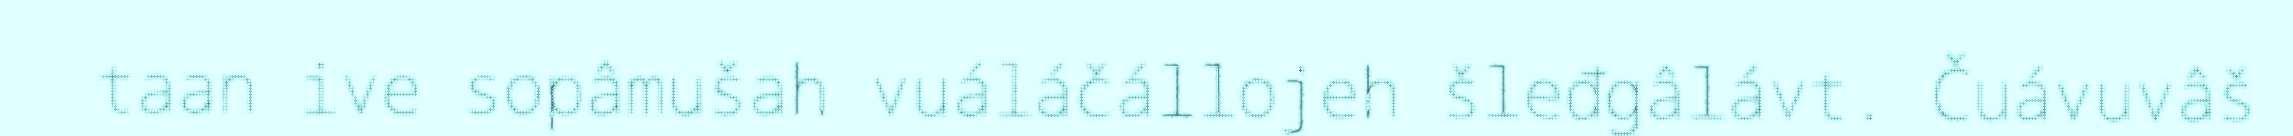
taan ive sopâmušah vuáláčállojeh šleđgâlávt. Čuávuvâš